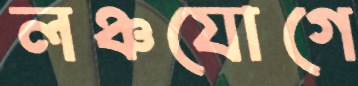
লঞ্চযোগে